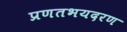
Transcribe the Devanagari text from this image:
प्रणतभयदरण